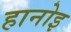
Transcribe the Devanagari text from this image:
हानोइ